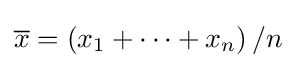
{\overline {x}}=\left(x_{1}+\cdots +x_{n}\right)/n